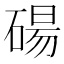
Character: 碭